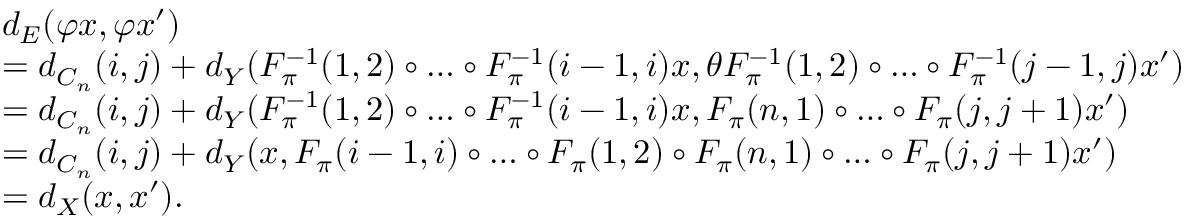
\begin{array} { r l } & { d _ { E } ( \varphi x , \varphi x ^ { \prime } ) } \\ & { = d _ { C _ { n } } ( i , j ) + d _ { Y } ( F _ { \pi } ^ { - 1 } ( 1 , 2 ) \circ \dots \circ F _ { \pi } ^ { - 1 } ( i - 1 , i ) x , \theta F _ { \pi } ^ { - 1 } ( 1 , 2 ) \circ \dots \circ F _ { \pi } ^ { - 1 } ( j - 1 , j ) x ^ { \prime } ) } \\ & { = d _ { C _ { n } } ( i , j ) + d _ { Y } ( F _ { \pi } ^ { - 1 } ( 1 , 2 ) \circ \dots \circ F _ { \pi } ^ { - 1 } ( i - 1 , i ) x , F _ { \pi } ( n , 1 ) \circ \dots \circ F _ { \pi } ( j , j + 1 ) x ^ { \prime } ) } \\ & { = d _ { C _ { n } } ( i , j ) + d _ { Y } ( x , F _ { \pi } ( i - 1 , i ) \circ \dots \circ F _ { \pi } ( 1 , 2 ) \circ F _ { \pi } ( n , 1 ) \circ \dots \circ F _ { \pi } ( j , j + 1 ) x ^ { \prime } ) } \\ & { = d _ { X } ( x , x ^ { \prime } ) . } \end{array}